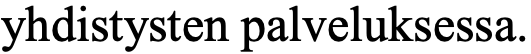
yhdistysten palveluksessa.